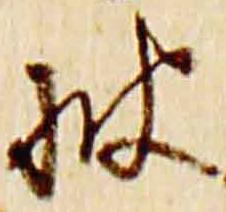
披